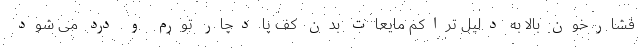
فشارخون بالا به دلیل تراکم مایعات بدن کف پا دچار تورم و درد می شود